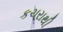
કચરાથી